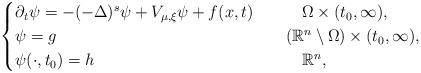
LaTeX: \begin{align*}\begin{cases}\partial_t\psi =-(-\Delta)^{s}\psi + V_{\mu, \xi}\psi + f(x, t)\quad&\quad\Omega\times (t_0, \infty),\\\psi = g\quad&(\mathbb{R}^n\setminus\Omega)\times (t_0,\infty),\\\psi(\cdot,t_0) = h\quad&\quad\mathbb{R}^n,\end{cases}\end{align*}